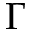
\Gamma